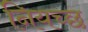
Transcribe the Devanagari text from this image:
नियच्छ